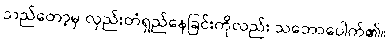
သည်တော့မှ လှည်းတံရှည်နေခြင်းကိုလည်း သဘောပေါက်၏။